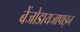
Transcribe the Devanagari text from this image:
बेंजोडायजापाइन